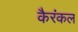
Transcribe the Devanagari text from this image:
कैरंकल